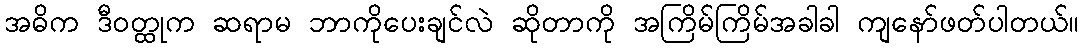
အဓိက ဒီဝတ္ထုက ဆရာမ ဘာကိုပေးချင်လဲ ဆိုတာကို အကြိမ်ကြိမ်အခါခါ ကျနော်ဖတ်ပါတယ်။